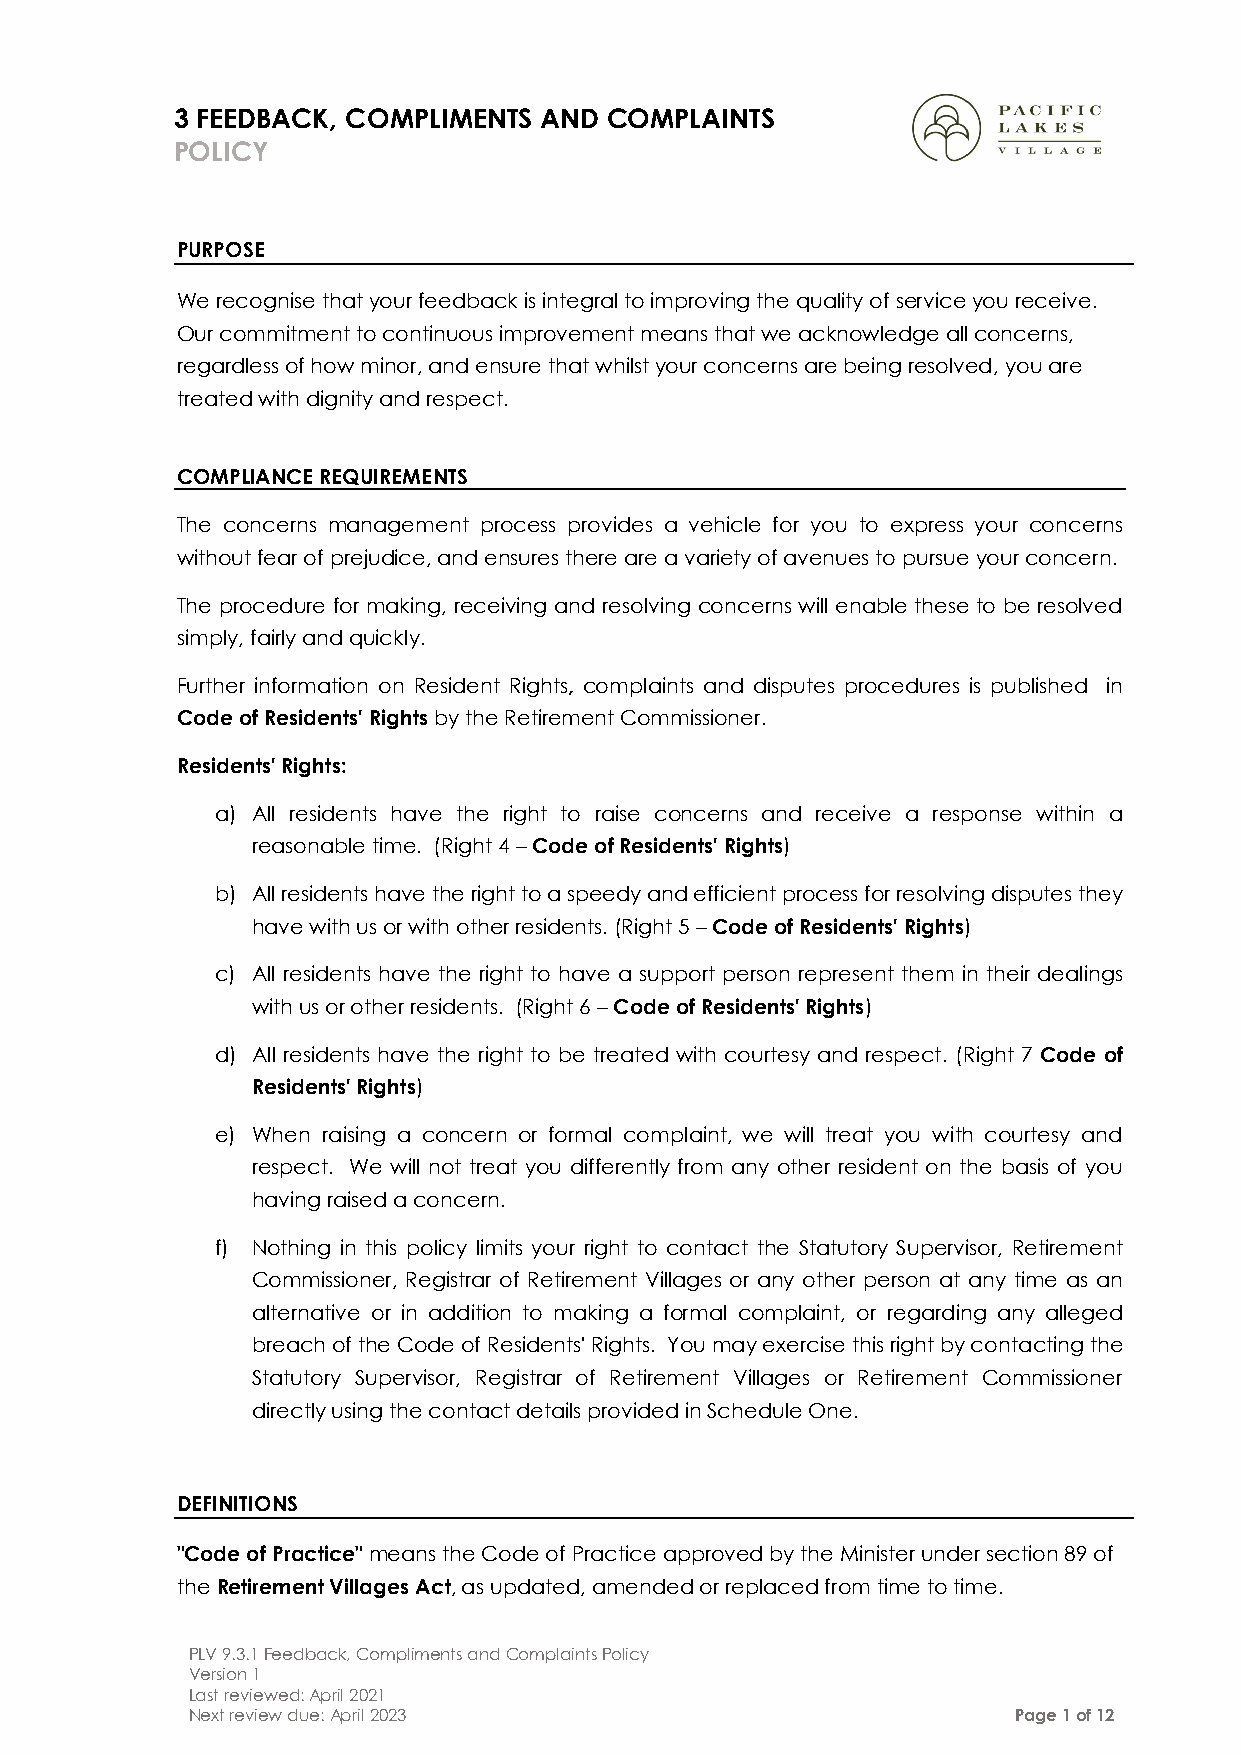
3 FEEDBACK, COMPLIMENTS AND COMPLAINTS
 POLICY
 PURPOSE
 We recognise that your feedback is integral to improving the quality of service you receive.
 Our commitment to continuous improvement means that we acknowledge all concerns,
 regardless of how minor, and ensure that whilst your concerns are being resolved, you are
 treated with dignity and respect.
 COMPLIANCE REQUIREMENTS
 The concerns management process provides a vehicle for you to express your concerns
 without fear of prejudice, and ensures there are a variety of avenues to pursue your concern.
 The procedure for making, receiving and resolving concerns will enable these to be resolved
 simply, fairly and quickly.
 Further information on Resident Rights, complaints and disputes procedures is published in
 Code of Residents' Rights by the Retirement Commissioner.
 Residents' Rights:
 a) All residents have the right to raise concerns and receive a response within a
 reasonable time. (Right 4 – Code of Residents' Rights)
 b) All residents have the right to a speedy and efficient process for resolving disputes they
 have with us or with other residents. (Right 5 – Code of Residents' Rights)
 c) All residents have the right to have a support person represent them in their dealings
 with us or other residents. (Right 6 – Code of Residents' Rights)
 d) All residents have the right to be treated with courtesy and respect. (Right 7 Code of
 Residents' Rights)
 e) When raising a concern or formal complaint, we will treat you with courtesy and
 respect. We will not treat you differently from any other resident on the basis of you
 having raised a concern.
 f) Nothing in this policy limits your right to contact the Statutory Supervisor, Retirement
 Commissioner, Registrar of Retirement Villages or any other person at any time as an
 alternative or in addition to making a formal complaint, or regarding any alleged
 breach of the Code of Residents' Rights. You may exercise this right by contacting the
 Statutory Supervisor, Registrar of Retirement Villages or Retirement Commissioner
 directly using the contact details provided in Schedule One.
 DEFINITIONS
 "Code of Practice" means the Code of Practice approved by the Minister under section 89 of
 the Retirement Villages Act, as updated, amended or replaced from time to time.
 PLV 9.3.1 Feedback, Compliments and Complaints Policy
 Version 1
 Last reviewed: April 2021
 Next review due: April 2023                            Page 1 of 12